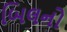
બિલનો